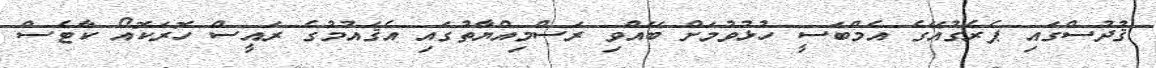
ޤުދުސްގައި ޕެރެގުއޭގެ އެމްބަސީ ހުޅުވުމަށް ބޭއްވި ރަސްމިއްޔާތުގައި އެޤައުމުގެ ރައީސް ހޮރަކޮއޯ ކާޓެސް